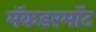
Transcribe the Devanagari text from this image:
मॅकडरमॉट